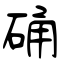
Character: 硧